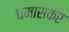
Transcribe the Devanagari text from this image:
धमासकर